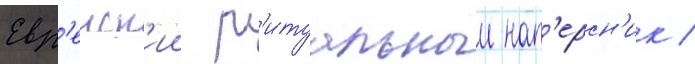
Евр'еиск'ии р'итуальныи нап'ерсн'ик /